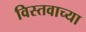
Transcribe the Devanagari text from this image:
विस्तवाच्या